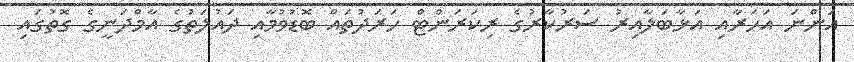
އަންނަ އަހަރާއި އަޅާބަލާއިރު ސަރުކާރުގެ ރިކަރަންޓް ހަރަދުތައް ބޮޑުވުމާއި ދައުލަތުގެ އާމްދަނީގެ ގޮތުގައި